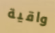
واقية